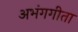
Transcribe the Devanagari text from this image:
अभंगगीता